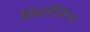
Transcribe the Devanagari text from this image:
बैकेलौरिएट